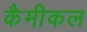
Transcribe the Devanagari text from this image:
कैमीकल